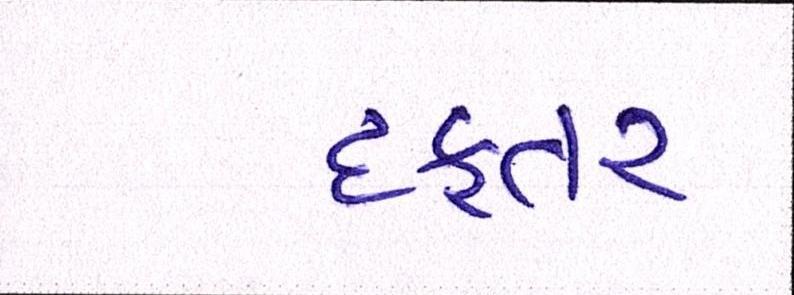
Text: દફતર